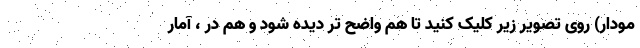
مودار) روی تصویر زیر کلیک کنید تا هم واضح تر دیده شود و هم در ، آمار